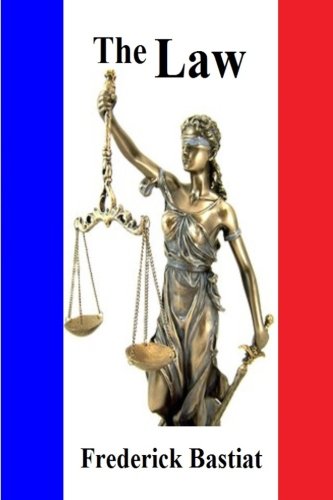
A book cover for Bastiat's The Law; Frederick Bastiat; Business & Money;